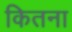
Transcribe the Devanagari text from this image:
कितना